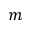
m